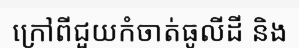
ក្រៅពីជួយកំចាត់ធូលីដី និង